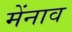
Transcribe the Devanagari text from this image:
मेंनाव